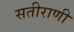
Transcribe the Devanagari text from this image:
सतीराणी